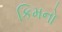
કિમનો